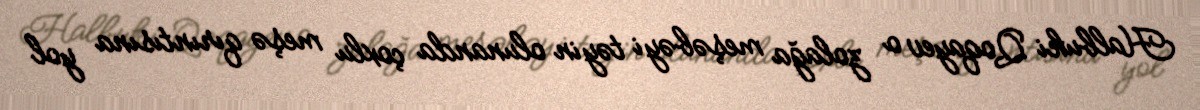
Halbuki Qoqayev o zolağa meşəbəyi təyin olunanda çoxlu meşə qırıntısına yol